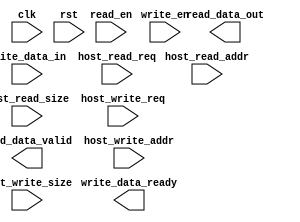
module tvm_vpi_mem_interface
  #(
    parameter READ_WIDTH = 8,
    parameter WRITE_WIDTH = 8,
    parameter ADDR_WIDTH = 32,
    parameter SIZE_WIDTH = 32
    )
   (
    input                   clk,
    input                   rst,
    // Read Ports
    input                   read_en, // Read buffer enable
    output [READ_WIDTH-1:0] read_data_out, // The data port for read
    output                  read_data_valid, // Read is valid.
    // Write ports
    input                   write_en, // Write buffer enable
    input [WRITE_WIDTH-1:0] write_data_in, // Input data to write.
    output                  write_data_ready, // There are still pending write
    // Status port
    // Control signal ports to issue tasks
    input                   host_read_req,   // Read request
    input [ADDR_WIDTH-1:0]  host_read_addr,  // The address to issue a read task
    input [SIZE_WIDTH-1:0]  host_read_size,  // The size of a read
    input                   host_write_req,  // Write request.
    input [ADDR_WIDTH-1:0]  host_write_addr, // The write address
    input [SIZE_WIDTH-1:0]  host_write_size  // The write size
    );
   reg [READ_WIDTH-1:0]    reg_read_data;
   reg                     reg_read_valid;
   reg                     reg_write_ready;
   // The wires up.
   assign read_data_out = reg_read_data;
   assign read_data_valid = reg_read_valid;
   assign write_data_ready = reg_write_ready;
endmodule